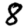
Digit: 8